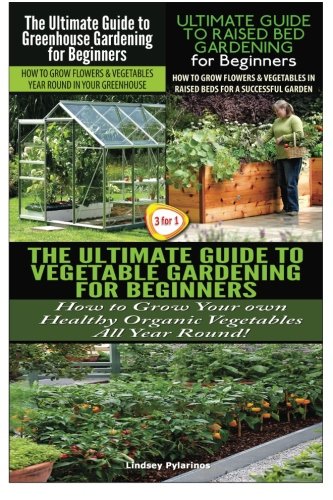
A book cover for The Ultimate Guide to Greenhouse Gardening for Beginners & The Ultimate Guide to Raised Bed Gardening for Beginners & The Ultimate Guide to Vegetable ... for Beginners (Gardening Box Set) (Volume 24); Lindsey Pylarinos; Crafts, Hobbies & Home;